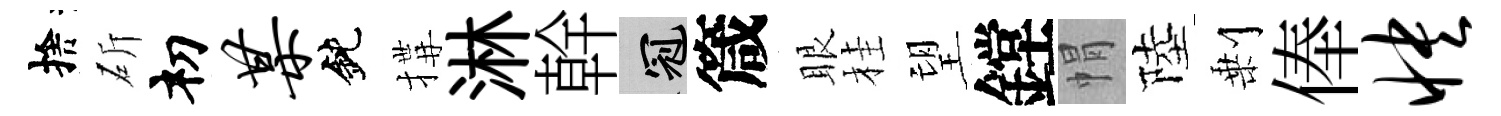
捨斫𥘉某鈍搆淋幹冠箴眼桂望鏜㡌陸剰俸怏